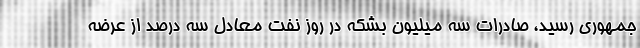
جمهوری رسید، صادرات سه میلیون بشکه در روز نفت معادل سه درصد از عرضه